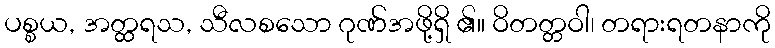
ပစ္စယ, အတ္ထရသ, သီလစသော ဂုဏ်အဖို့ရှိ ၏။ ဝိတတ္တဝါ၊ တရားရတနာကို